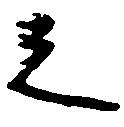
之